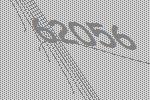
62056